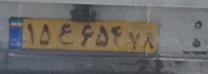
۱۵ع۶۵۴۷۸